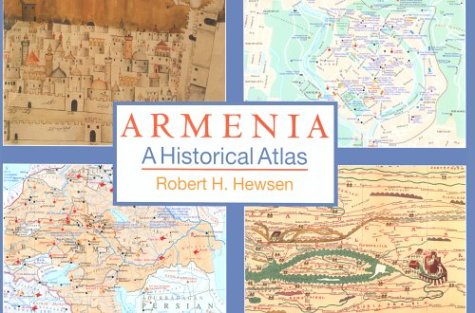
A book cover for Armenia: A Historical Atlas; Robert H. Hewsen; Travel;